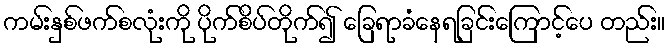
ကမ်းနှစ်ဖက်စလုံးကို ပိုက်စိပ်တိုက်၍ ခြေရာခံနေရခြင်းကြောင့်ပေ တည်း။